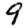
Digit: 9